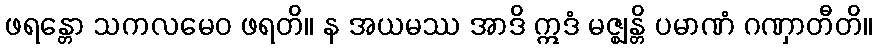
ဖရန္တော သကလမေဝ ဖရတိ။ န အယမဿ အာဒိ ဣဒံ မဇ္ဈန္တိ ပမာဏံ ဂဏှာတီတိ။